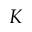
K